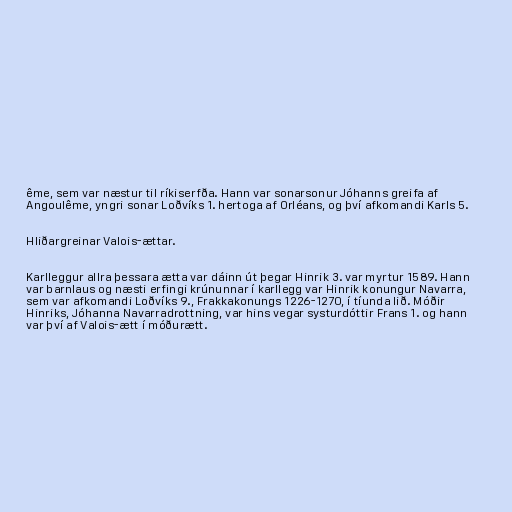
ême, sem var næstur til ríkiserfða. Hann var sonarsonur Jóhanns greifa af
Angoulême, yngri sonar Loðvíks 1. hertoga af Orléans, og því afkomandi Karls 5.

Hliðargreinar Valois-ættar.

Karlleggur allra þessara ætta var dáinn út þegar Hinrik 3. var myrtur 1589. Hann
var barnlaus og næsti erfingi krúnunnar í karllegg var Hinrik konungur Navarra,
sem var afkomandi Loðvíks 9., Frakkakonungs 1226-1270, í tíunda lið. Móðir
Hinriks, Jóhanna Navarradrottning, var hins vegar systurdóttir Frans 1. og hann
var því af Valois-ætt í móðurætt.